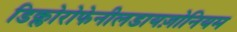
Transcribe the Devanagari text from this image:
डिक्लोरोफेनीलडायज़ोनियम